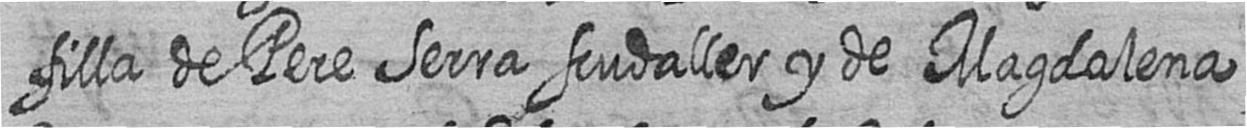
filla de Pere Serra scudaller y de Magdalena